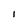
Character: I